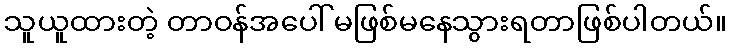
သူယူထားတဲ့ တာဝန်အပေါ် မဖြစ်မနေသွားရတာဖြစ်ပါတယ်။